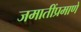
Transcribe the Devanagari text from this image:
जमातींप्रमाणे